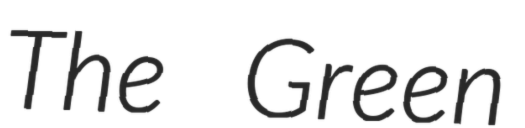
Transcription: The Green